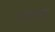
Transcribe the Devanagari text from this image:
पोतसमूह